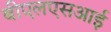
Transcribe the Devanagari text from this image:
बीएलएसआई